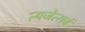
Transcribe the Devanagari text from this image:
त्यजेत्सर्वं